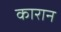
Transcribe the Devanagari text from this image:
कारान